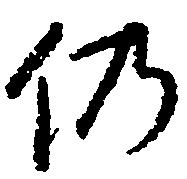
仍